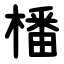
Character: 橎